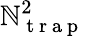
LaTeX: \mathbb{N}_{\mathrm{{~t~r~a~p~}}}^{2}